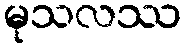
မုသလဿ